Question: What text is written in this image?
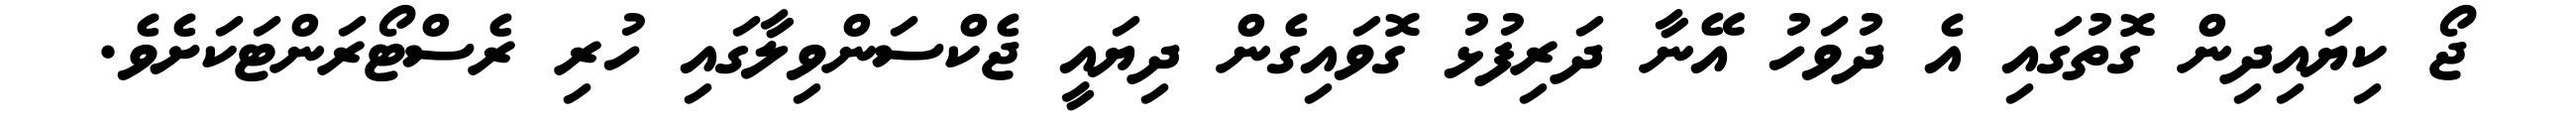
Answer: ޖޯ ކިޔައިދިން ގޮތުގައި އެ ދުވަހު އޭނާ ދަރިފުޅު ގޮވައިގެން ދިޔައީ ޖެކްސަންވިލާގައި ހުރި ރެސްޓޯރަންޓަކަށެވެ.